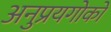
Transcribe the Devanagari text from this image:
अनुप्रयगोको